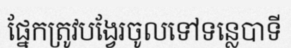
ផ្នែកត្រូវបង្វែរចូលទៅទន្លេបាទី